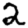
Digit: 2